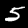
Label: 5